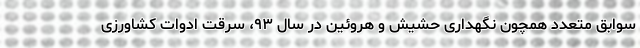
سوابق متعدد همچون نگهداری حشیش و هروئین در سال ۹۳، سرقت ادوات کشاورزی